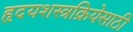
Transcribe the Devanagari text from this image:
हृदयशस्त्रक्रियेसाठी